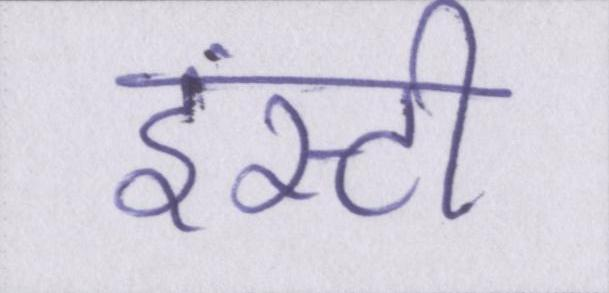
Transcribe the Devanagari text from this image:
इंस्टी